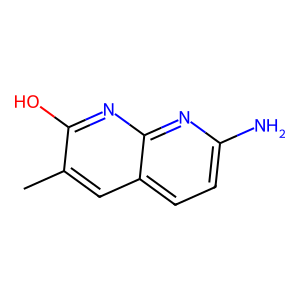
SMILES: Cc1cc2ccc(N)nc2nc1O
Inhibits HIV replication: No